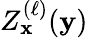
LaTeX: Z_{\mathbf{x}}^{(\ell)}({\mathbf{y}})